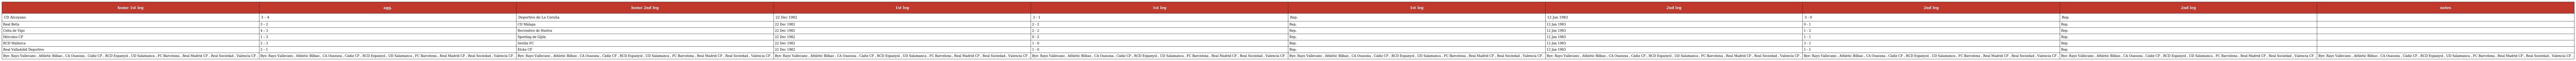
| home 1st leg | agg. | home 2nd leg | 1st leg | 1st leg | 1st leg | 2nd leg | 2nd leg | 2nd leg | notes |
 | --- | --- | --- | --- | --- | --- | --- | --- | --- | --- |
 | CD Alcoyano | 3 – 4 | Deportivo de La Coruña | 22 Dec 1982 | 3 - 1 | Rep. | 12 Jan 1983 | 3 - 0 | Rep. |  |
 | Real Betis | 3 – 2 | CD Málaga | 22 Dec 1982 | 2 - 2 | Rep. | 12 Jan 1983 | 0 - 1 | Rep. |  |
 | Celta de Vigo | 4 – 3 | Recreativo de Huelva | 22 Dec 1982 | 2 - 2 | Rep. | 12 Jan 1983 | 1 - 2 | Rep. |  |
 | Hércules CF | 1 – 3 | Sporting de Gijón | 22 Dec 1982 | 0 - 2 | Rep. | 12 Jan 1983 | 1 - 1 | Rep. |  |
 | RCD Mallorca | 2 – 3 | Sevilla FC | 22 Dec 1982 | 1 - 0 | Rep. | 12 Jan 1983 | 3 - 1 | Rep. |  |
 | Real Valladolid Deportivo | 2 – 1 | Elche CF | 22 Dec 1982 | 1 - 0 | Rep. | 12 Jan 1983 | 1 - 1 | Rep. |  |
 | Bye: Rayo Vallecano , Athletic Bilbao , CA Osasuna , Cádiz CF , RCD Espanyol , UD Salamanca , FC Barcelona , Real Madrid CF , Real Sociedad , Valencia CF . | Bye: Rayo Vallecano , Athletic Bilbao , CA Osasuna , Cádiz CF , RCD Espanyol , UD Salamanca , FC Barcelona , Real Madrid CF , Real Sociedad , Valencia CF . | Bye: Rayo Vallecano , Athletic Bilbao , CA Osasuna , Cádiz CF , RCD Espanyol , UD Salamanca , FC Barcelona , Real Madrid CF , Real Sociedad , Valencia CF . | Bye: Rayo Vallecano , Athletic Bilbao , CA Osasuna , Cádiz CF , RCD Espanyol , UD Salamanca , FC Barcelona , Real Madrid CF , Real Sociedad , Valencia CF . | Bye: Rayo Vallecano , Athletic Bilbao , CA Osasuna , Cádiz CF , RCD Espanyol , UD Salamanca , FC Barcelona , Real Madrid CF , Real Sociedad , Valencia CF . | Bye: Rayo Vallecano , Athletic Bilbao , CA Osasuna , Cádiz CF , RCD Espanyol , UD Salamanca , FC Barcelona , Real Madrid CF , Real Sociedad , Valencia CF . | Bye: Rayo Vallecano , Athletic Bilbao , CA Osasuna , Cádiz CF , RCD Espanyol , UD Salamanca , FC Barcelona , Real Madrid CF , Real Sociedad , Valencia CF . | Bye: Rayo Vallecano , Athletic Bilbao , CA Osasuna , Cádiz CF , RCD Espanyol , UD Salamanca , FC Barcelona , Real Madrid CF , Real Sociedad , Valencia CF . | Bye: Rayo Vallecano , Athletic Bilbao , CA Osasuna , Cádiz CF , RCD Espanyol , UD Salamanca , FC Barcelona , Real Madrid CF , Real Sociedad , Valencia CF . | Bye: Rayo Vallecano , Athletic Bilbao , CA Osasuna , Cádiz CF , RCD Espanyol , UD Salamanca , FC Barcelona , Real Madrid CF , Real Sociedad , Valencia CF . |